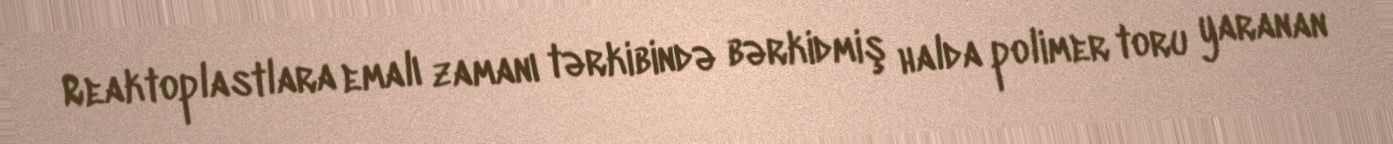
Reaktoplastlara emalı zamanı tərkibində bərkidmiş halda polimer toru yaranan